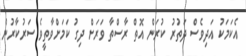
އެކަމަކު އަދިވެސް ދަތުރު ކުރަން އޮތް ރާސްތާ ވަރަށް ދިގު ކަމަށްވާތީވެ ސަރުކާރުން